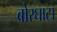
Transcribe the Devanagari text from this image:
बोरघाटा